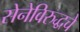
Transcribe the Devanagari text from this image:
सेनेविरुद्धचे